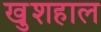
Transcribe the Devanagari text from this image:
खु़शहाल